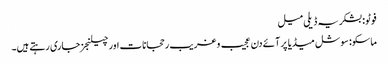
فوٹو: بشکریہ ڈیلی میل
ماسکو: سوشل میڈیا پر آئے دن عجیب و غریب رحجانات اور چیلنجز جاری رہتے ہیں۔